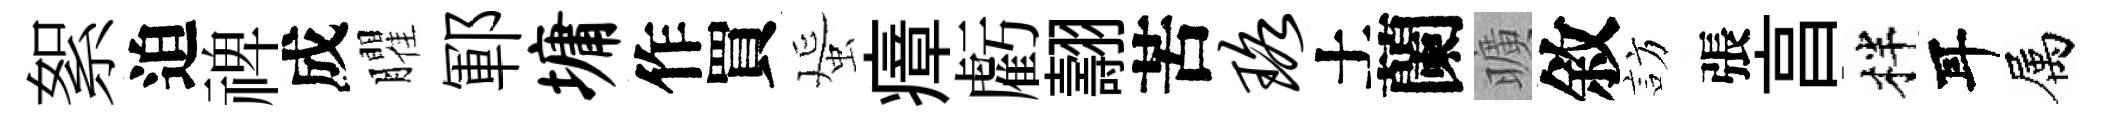
絮迫禆成臞鄆墉作買蜑瘴虧翿苦珞土蘭曠敘訪張亯柈耳属